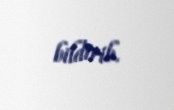
bildirib.